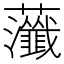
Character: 虃